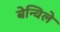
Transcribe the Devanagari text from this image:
बेन्विले